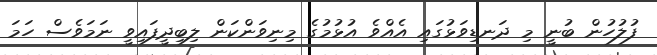
ފުލުހުން ބުނީ މި ދަނޑިވަޅުގައި އެއްވެ އުޅުމުގެ މިނިވަންކަން ލިބިދީފައިވީ ނަމަވެސް ހަމަ